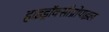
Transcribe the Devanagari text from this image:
हाइड्रॉक्सीप्रोपाइल